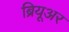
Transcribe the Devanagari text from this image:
ब्रियूअर